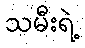
သမီးရဲ့